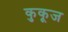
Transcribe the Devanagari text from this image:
कुकूज